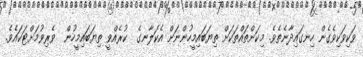
ވަކިވަކިވެގެން ހިނގައިދާނެތެވެ. މިކަންތައްތަކަށް ތިޔަބައިމީހުންނަށް އެކަލާނގެ  ކުރެއްވީ ތިޔަބައިމީހުން  ވެރިވުމަށްޓަކައެވެ.